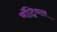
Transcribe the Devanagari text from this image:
मॉट्रियल